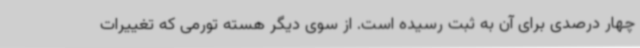
چهار درصدی برای آن به ثبت رسیده است. از سوی دیگر هسته تورمی که تغییرات